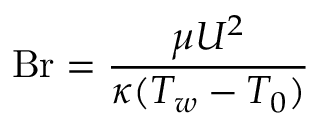
\mathrm { B r } = { \frac { \mu U ^ { 2 } } { \kappa ( T _ { w } - T _ { 0 } ) } }